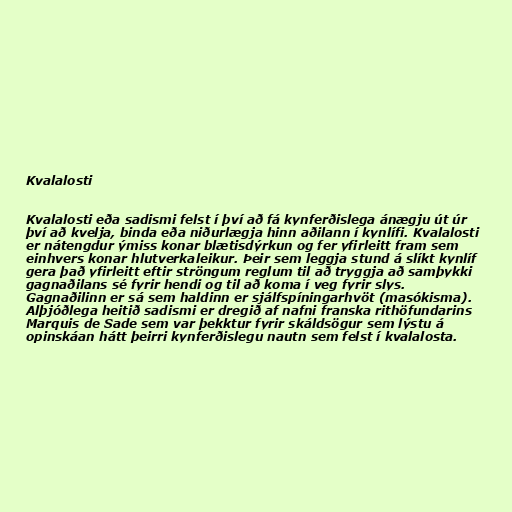
Kvalalosti

Kvalalosti eða sadismi felst í því að fá kynferðislega ánægju út úr
því að kvelja, binda eða niðurlægja hinn aðilann í kynlífi. Kvalalosti
er nátengdur ýmiss konar blætisdýrkun og fer yfirleitt fram sem
einhvers konar hlutverkaleikur. Þeir sem leggja stund á slíkt kynlíf
gera það yfirleitt eftir ströngum reglum til að tryggja að samþykki
gagnaðilans sé fyrir hendi og til að koma í veg fyrir slys.
Gagnaðilinn er sá sem haldinn er sjálfspíningarhvöt (masókisma).
Alþjóðlega heitið sadismi er dregið af nafni franska rithöfundarins
Marquis de Sade sem var þekktur fyrir skáldsögur sem lýstu á
opinskáan hátt þeirri kynferðislegu nautn sem felst í kvalalosta.